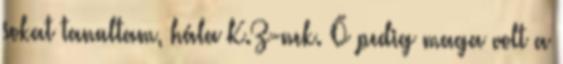
sokat tanultam, hála K.Z-nek. Ő pedig maga volt a